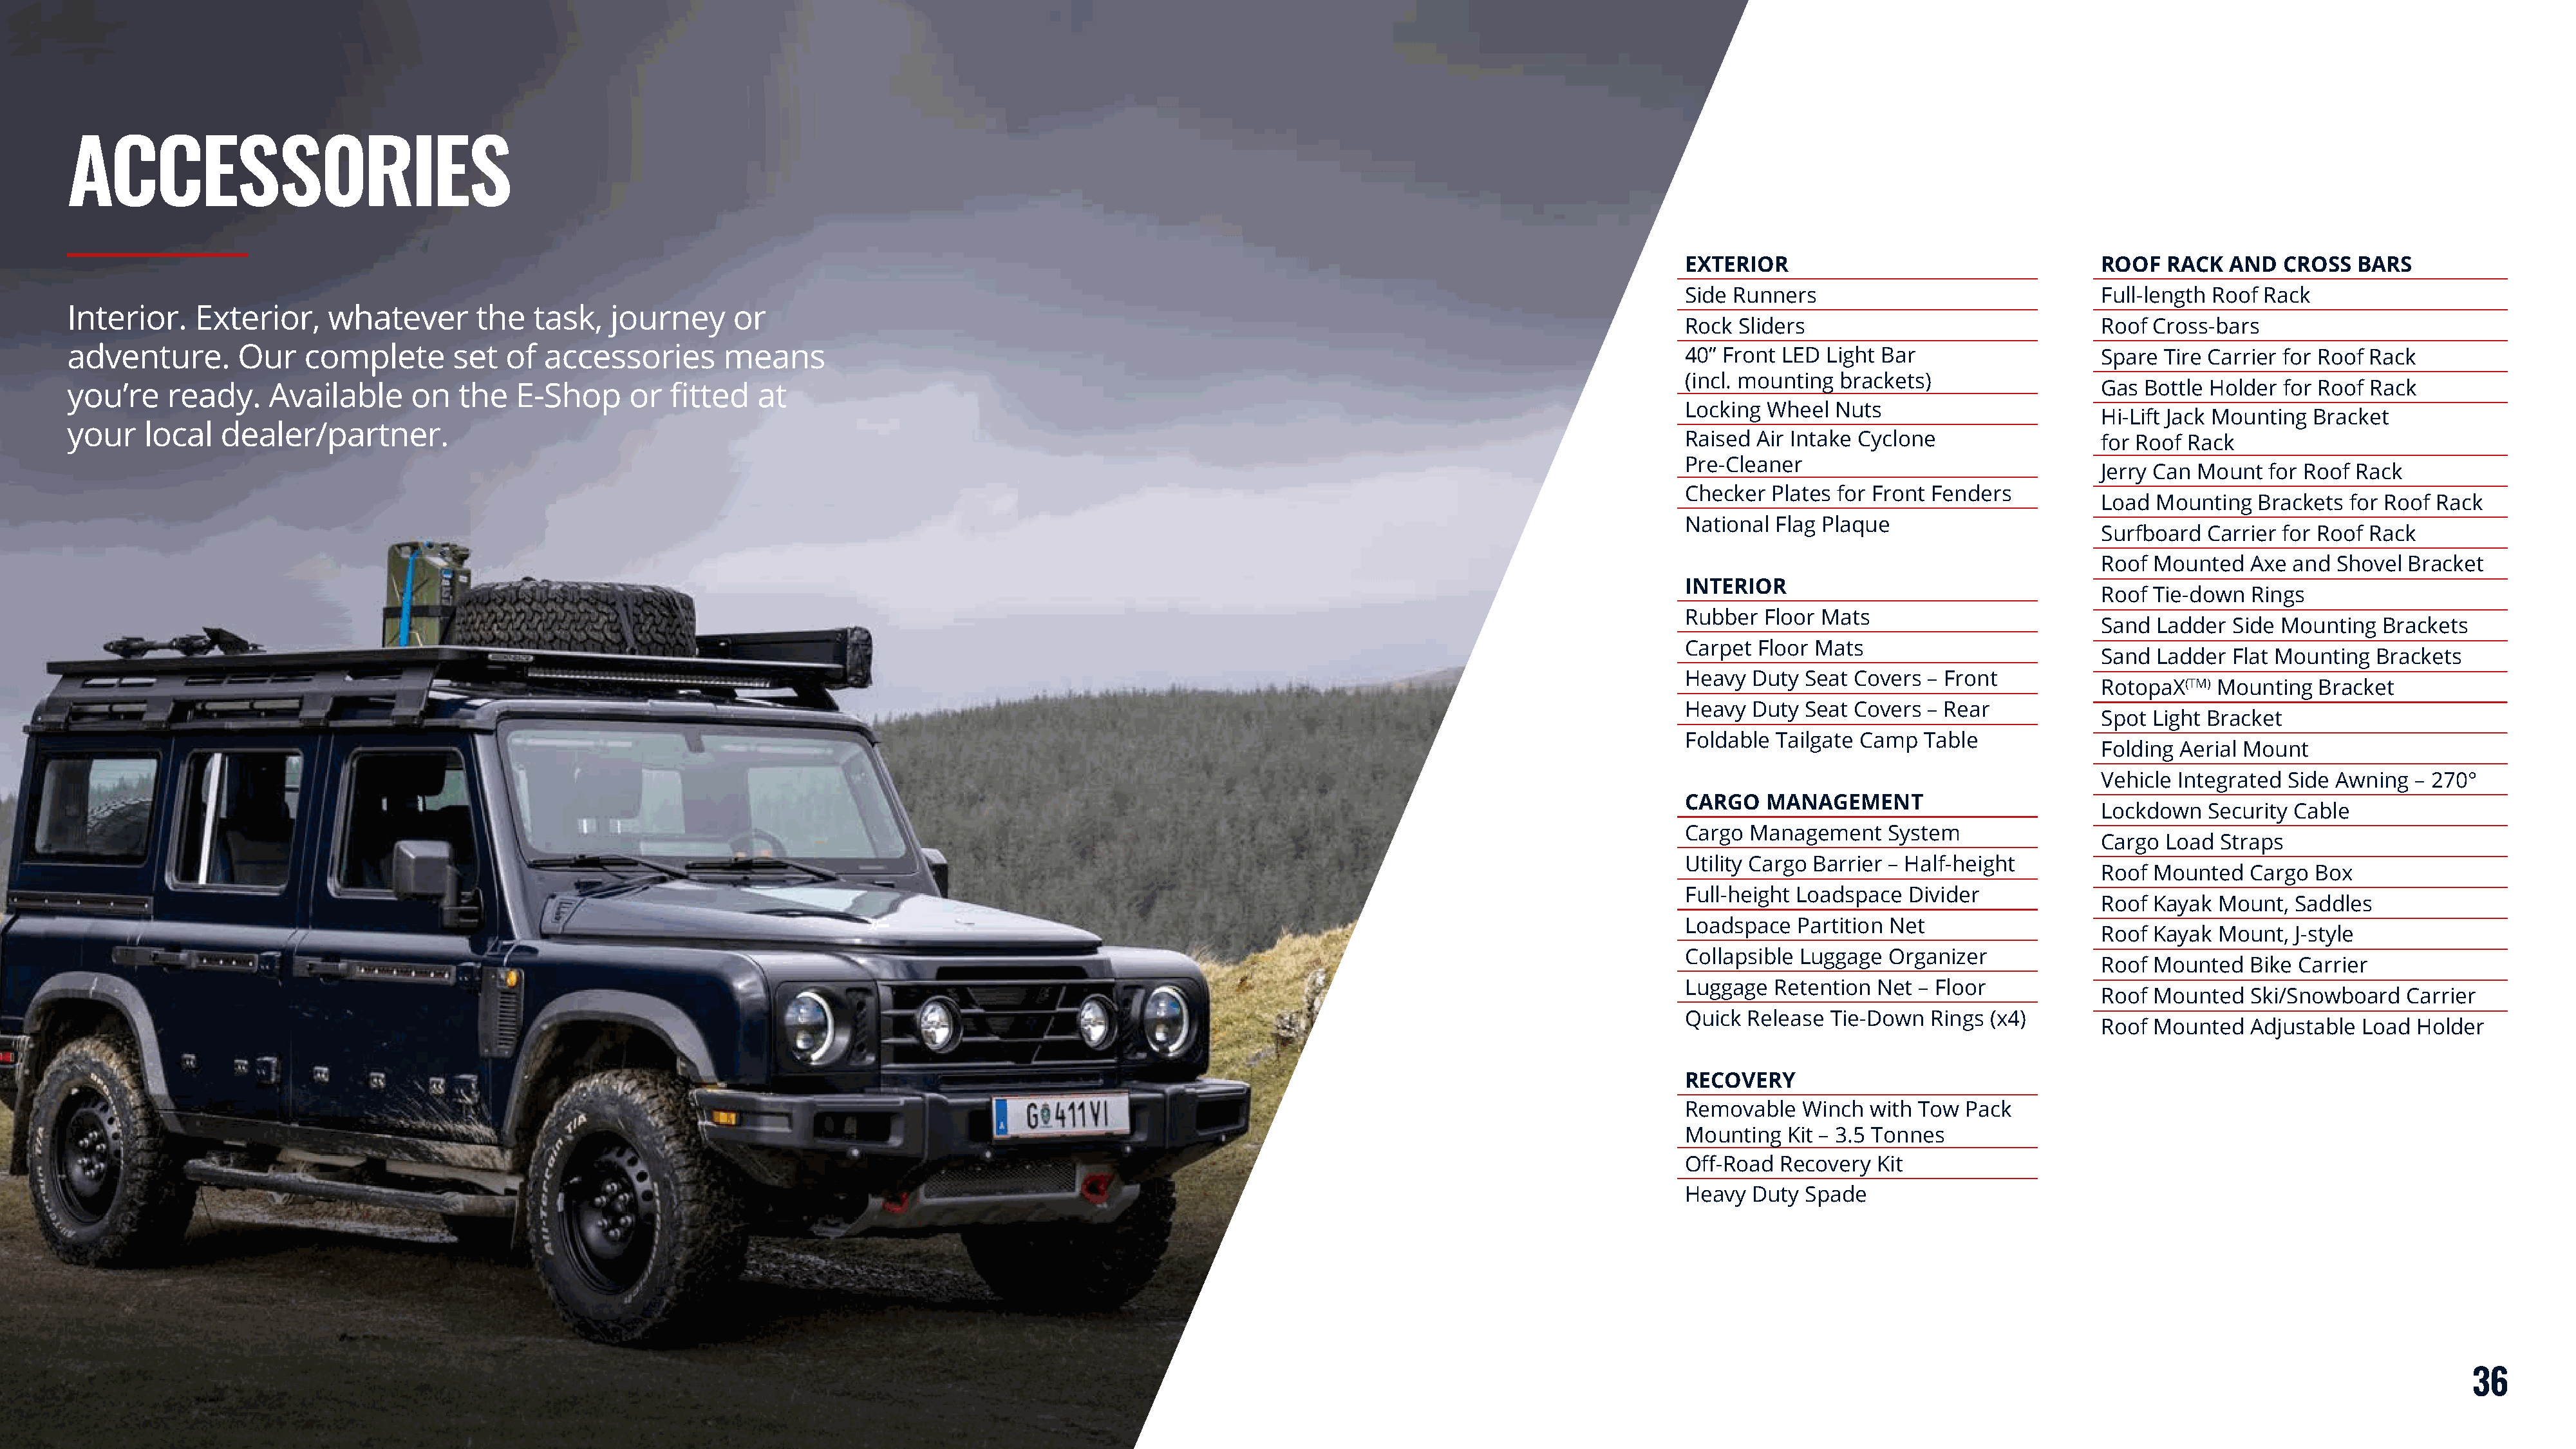
ACCESS0RIES
 EXTERIOR                                   ROOF   RACK  AND   CROSS  BARS
 Side Runners                               Full-length Roof Rack
 Interior.    Exterior,     whatever       the   task,   journey     or
 Rock  Sliders                              Roof Cross-bars
 adventure.       Our    complete        set  of  accessories       means                                                                                              40” Front LED  Light Bar                   Spare  Tire Carrier for Roof Rack
 (incl. mounting brackets)
 you’re    ready.     Available     on   the   E-Shop      or  fitted   at                                                                                                                                        Gas Bottle Holder  for Roof Rack
 Locking  Wheel  Nuts
 Hi-Lift Jack Mounting Bracket
 your    local   dealer/partner.
 Raised  Air Intake Cyclone                 for Roof Rack
 Pre-Cleaner
 Jerry Can Mount  for Roof Rack
 Checker  Plates for Front Fenders
 Load  Mounting  Brackets  for Roof Rack
 National  Flag Plaque
 Surfboard  Carrier for Roof Rack
 Roof Mounted   Axe  and Shovel  Bracket
 INTERIOR
 Roof Tie-down  Rings
 Rubber  Floor Mats
 Sand  Ladder  Side Mounting  Brackets
 Carpet  Floor Mats
 Sand  Ladder  Flat Mounting Brackets
 Heavy  Duty  Seat Covers – Front
 RotopaX(TM) Mounting  Bracket
 Heavy  Duty  Seat Covers – Rear
 Spot Light Bracket
 Foldable  Tailgate Camp  Table
 Folding Aerial Mount
 Vehicle Integrated Side Awning  – 270°
 CARGO    MANAGEMENT
 Lockdown   Security Cable
 Cargo  Management    System
 Cargo  Load Straps
 Utility Cargo Barrier – Half-height
 Roof Mounted   Cargo  Box
 Full-height Loadspace  Divider
 Roof Kayak  Mount,  Saddles
 Loadspace   Partition Net
 Roof Kayak  Mount,  J-style
 Collapsible Luggage  Organizer
 Roof Mounted   Bike Carrier
 Luggage  Retention  Net – Floor
 Roof Mounted   Ski/Snowboard   Carrier
 Quick  Release Tie-Down  Rings  (x4)
 Roof Mounted   Adjustable  Load Holder
 RECOVERY
 Removable   Winch  with Tow  Pack
 Mounting   Kit – 3.5 Tonnes
 Off-Road  Recovery  Kit
 Heavy  Duty  Spade
 36